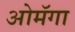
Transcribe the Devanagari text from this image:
ओमॅगा